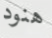
هنود